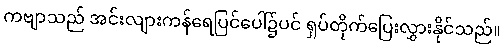
ကဗျာသည် အင်းလျားကန်ရေပြင်ပေါ်၌ပင် ရှပ်တိုက်ပြေးလွှားနိုင်သည်။